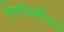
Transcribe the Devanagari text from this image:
नैसर्गिकरित्याच